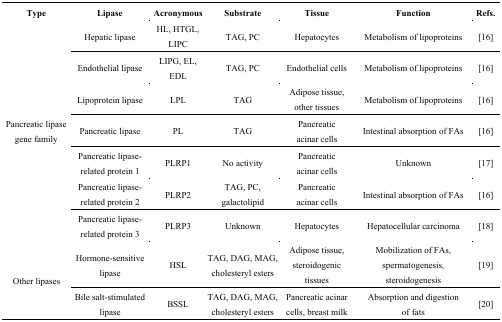
<table><thead><tr><td><b>Type</b></td><td><b>Lipase</b></td><td><b>Acronymous</b></td><td><b>Substrate</b></td><td><b>Tissue</b></td><td><b>Function</b></td><td><b>Refs.</b></td></tr></thead><tbody><tr><td rowspan="7">Pancreatic lipase gene family</td><td>Hepatic lipase</td><td>HL, HTGL, LIPC</td><td>TAG, PC</td><td>Hepatocytes</td><td>Metabolism of lipoproteins</td><td>[16]</td></tr><tr><td>Endothelial lipase</td><td>LIPG, EL, EDL</td><td>TAG, PC</td><td>Endothelial cells</td><td>Metabolism of lipoproteins</td><td>[16]</td></tr><tr><td>Lipoprotein lipase</td><td>LPL</td><td>TAG</td><td>Adipose tissue, other tissues</td><td>Metabolism of lipoproteins</td><td>[16]</td></tr><tr><td>Pancreatic lipase</td><td>PL</td><td>TAG</td><td>Pancreatic acinar cells</td><td>Intestinal absorption of FAs</td><td>[16]</td></tr><tr><td>Pancreatic lipase-related protein 1</td><td>PLRP1</td><td>No activity</td><td>Pancreatic acinar cells</td><td>Unknown</td><td>[17]</td></tr><tr><td>Pancreatic lipase-related protein 2</td><td>PLRP2</td><td>TAG, PC, galactolipid</td><td>Pancreatic acinar cells</td><td>Intestinal absorption of FAs</td><td>[16]</td></tr><tr><td>Pancreatic lipase-related protein 3</td><td>PLRP3</td><td>Unknown</td><td>Hepatocytes</td><td>Hepatocellular carcinoma</td><td>[18]</td></tr><tr><td rowspan="2">Other lipases</td><td>Hormone-sensitive lipase</td><td>HSL</td><td>TAG, DAG, MAG, cholesteryl esters</td><td>Adipose tissue, steroidogenic tissues</td><td>Mobilization of FAs, spermatogenesis, steroidogenesis</td><td>[19]</td></tr><tr><td>Bile salt-stimulated lipase</td><td>BSSL</td><td>TAG, DAG, MAG, cholesteryl esters</td><td>Pancreatic acinar cells, breast milk</td><td>Absorption and digestion of fats</td><td>[20]</td></tr></tbody></table>